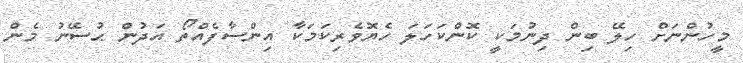
މީހުންނަށް ހިލޭ ބިން ދިނުމަކީ ކޮންކަހަލަ ހެޔޮވެރިކަމަކާ އިންސާފެއްތޯ އަދުން ޙުސޭނު މެން